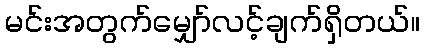
မင်းအတွက်မျှော်လင့်ချက်ရှိတယ်။